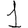
Digit: 1